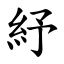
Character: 紓